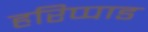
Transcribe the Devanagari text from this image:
हरिप्पाड